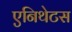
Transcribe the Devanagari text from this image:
एनिथेटस